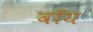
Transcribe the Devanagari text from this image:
वॉय